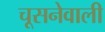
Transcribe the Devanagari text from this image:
चूसनेवाली